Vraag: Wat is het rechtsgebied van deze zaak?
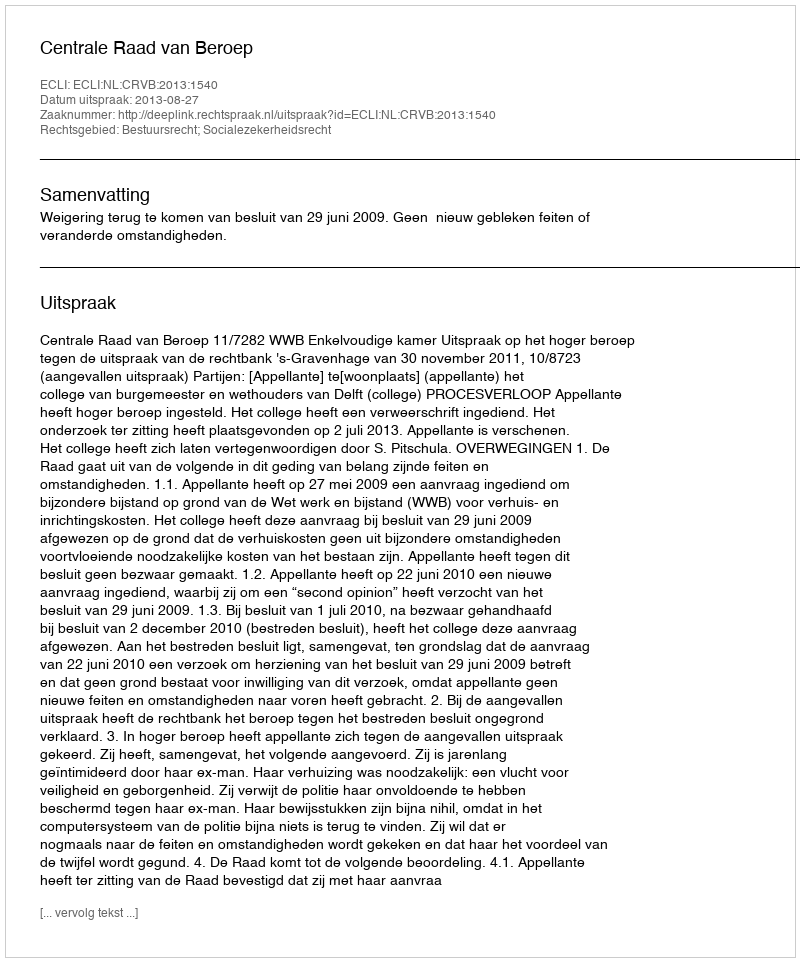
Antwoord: Bestuursrecht; Socialezekerheidsrecht